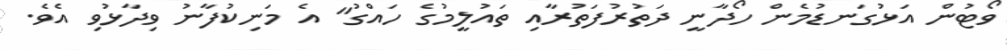
ވޯޓުން އަޅުގަނޑުމެން ހޯދާނީ ދަތުރުފަތުރާއި ތައުލީމުގެ ހައްގު" އެ މަނިކުފާނު ވިދާޅުވި އެވެ.